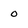
Character: o